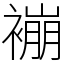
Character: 䙖